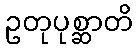
ဥတုပုစ္ဆာတိ